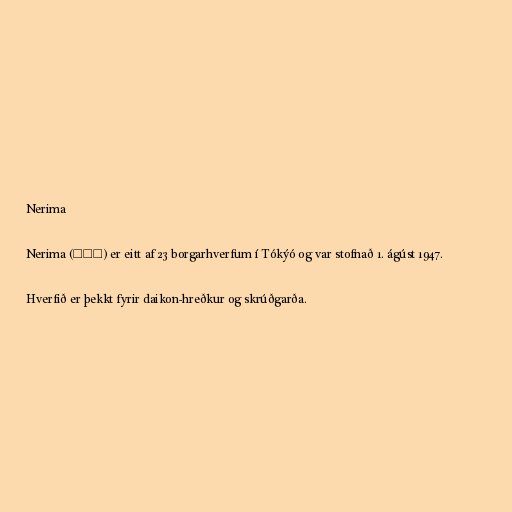
Nerima

Nerima (練馬区) er eitt af 23 borgarhverfum í Tókýó og var stofnað 1. ágúst 1947.

Hverfið er þekkt fyrir daikon-hreðkur og skrúðgarða.